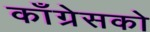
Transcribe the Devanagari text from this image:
काँग्रेसको